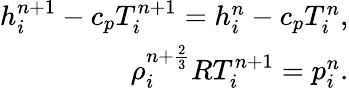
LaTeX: \begin{array}{r}{h_{i}^{n+1}-c_{p}T_{i}^{n+1}=h_{i}^{n}-c_{p}T_{i}^{n},}\\ {{\rho}_{i}^{n+\frac{2}{3}}RT_{i}^{n+1}=p_{i}^{n}.}\end{array}